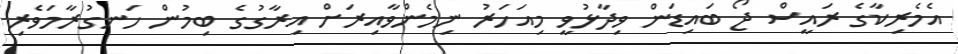
އެމެރިކާގެ ރައީސް ޖޯ ބައިޑަން ވިދާޅުވީ މިއަހަރު ނިމެންވާއިރަށް އިރާގުގެ ބިމުން ހަނގުރާމަވެރި